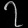
Digit: ၇